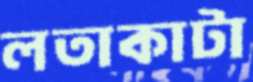
লতাকাটা